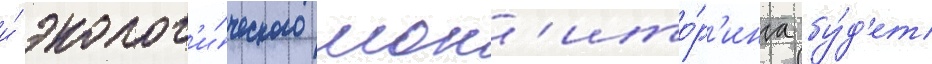
и́ эколог'и́ческого мон'ито́р'инга бу́д'ет